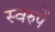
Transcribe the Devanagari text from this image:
स्वरुपें